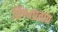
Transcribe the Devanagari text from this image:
विश्वप्रताप